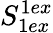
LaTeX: S_{1ex}^{1ex}